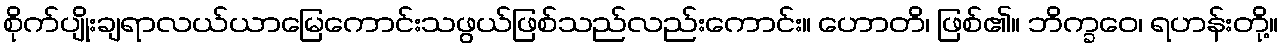
စိုက်ပျိုးချရာလယ်ယာမြေကောင်းသဖွယ်ဖြစ်သည်လည်းကောင်း။ ဟောတိ၊ ဖြစ်၏။ ဘိက္ခဝေ၊ ရဟန်းတို့။